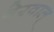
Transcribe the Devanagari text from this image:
बेरवाल्